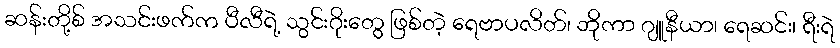
ဆန်းတို့စ် အသင်းဖက်က ပီလီရဲ့ သွင်းဂိုးတွေ ဖြစ်တဲ့ ရေဗာပလိတ်၊ ဘိုကာ ဂျူနီယာ၊ ရေဆင်း၊ ရီးရဲ